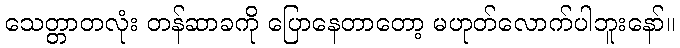
သေတ္တာတလုံး တန်ဆာခကို ပြောနေတာတော့ မဟုတ်လောက်ပါဘူးနော်။